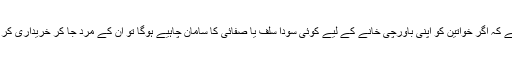
لگتا یہی ہے کہ اگر خواتین کو اپنی باورچی خانے کے لیے کوئی سودا سلف یا صفائی کا سامان چاہیے ہوگا تو ان کے مرد جا کر خریداری کر لائیں گے۔